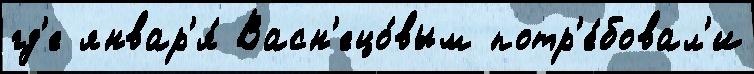
гд'е январ'я́ Васн'ецо́вым потр'е́бовал'и